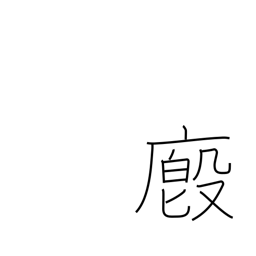
Meaning: stable